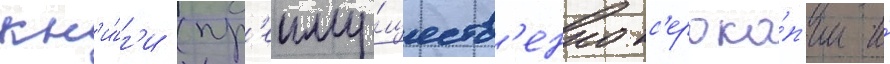
кн'и́г'и (пр'еиму́ществ'енно кс'ероко́п'ии и́